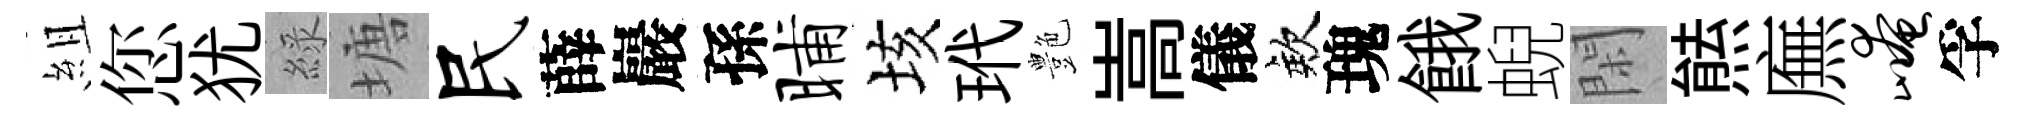
組您犹綠塘民薛巖孫晡垓玳艶嵩儀欸瑰餓蜺閑㷱廡崦孚